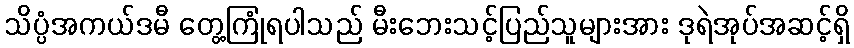
သိပ္ပံအကယ်ဒမီ တွေ့ကြုံရပါသည် မီးဘေးသင့်ပြည်သူများအား ဒုရဲအုပ်အဆင့်ရှိ